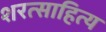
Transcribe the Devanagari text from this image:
शरत्साहित्य